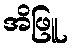
အိဖြူ